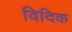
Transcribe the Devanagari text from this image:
विदिक